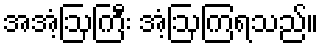
အအံ့ဩကြီး အံ့ဩကြရသည်။